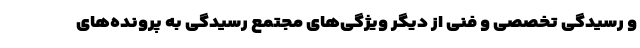
و رسیدگی تخصصی و فنی از دیگر ویژگی‌های مجتمع رسیدگی به پرونده‌های